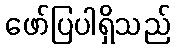
ဖော်ပြပါရှိသည်